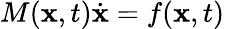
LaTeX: M(\mathbf{x},t)\dot{\mathbf{x}}=f(\mathbf{x},t)